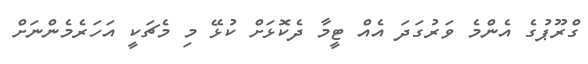
ގްރޫޕުގެ އެންމެ ވަރުގަދަ އެއް ޓީމާ ދެކޮޅަށް ކުޅޭ މި މެޗަކީ އަހަރެމެންނަށް